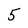
Character: 5